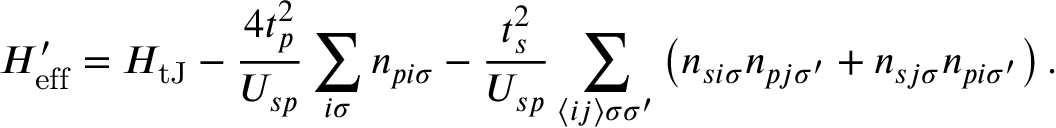
H _ { \mathrm { e f f } } ^ { \prime } = H _ { \mathrm { t J } } - \frac { 4 t _ { p } ^ { 2 } } { U _ { s p } } \sum _ { i \sigma } n _ { p i \sigma } - \frac { t _ { s } ^ { 2 } } { U _ { s p } } \sum _ { \langle i j \rangle \sigma \sigma ^ { \prime } } \left( n _ { s i \sigma } n _ { p j \sigma ^ { \prime } } + n _ { s j \sigma } n _ { p i \sigma ^ { \prime } } \right) .